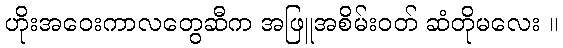
ဟိုးအဝေးကာလတွေဆီက အဖြူအစိမ်းဝတ် ဆံတိုမလေး ။